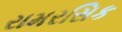
રામરસિક